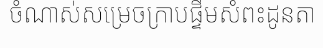
ចំណាស់សម្រេចក្រាបផ្ទឹមសំពះដូនតា